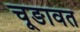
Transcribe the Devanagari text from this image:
चूङावत